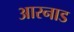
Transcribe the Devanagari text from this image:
आरनाड